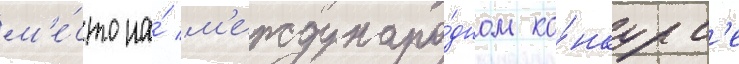
м'е́сто на́ м'еждунаро́дном ко́нкурс'е